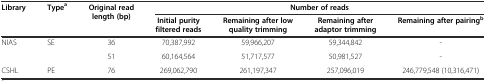
<table><thead><tr><td rowspan="2"><b>Library</b></td><td rowspan="2"><b>Type<sup>a</sup></b></td><td rowspan="2"><b>Original read length (bp)</b></td><td colspan="4"><b>Number of reads</b></td></tr><tr><td><b>Initial purity filtered reads</b></td><td><b>Remaining after low quality trimming</b></td><td><b>Remaining after adaptor trimming</b></td><td><b>Remaining after pairing<sup>b</sup></b></td></tr></thead><tbody><tr><td>NIAS</td><td>SE</td><td>36</td><td>70,387,992</td><td>59,966,207</td><td>59,344,842</td><td>-</td></tr><tr><td></td><td></td><td>51</td><td>60,164,564</td><td>51,717,577</td><td>50,981,527</td><td>-</td></tr><tr><td>CSHL</td><td>PE</td><td>76</td><td>269,062,790</td><td>261,197,347</td><td>257,096,019</td><td>246,779,548 (10,316,471)</td></tr></tbody></table>